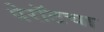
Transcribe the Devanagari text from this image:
पेरॉटचा